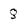
Character: 8